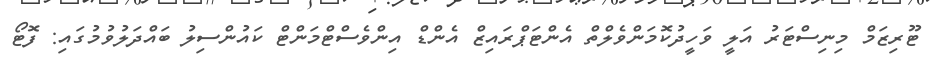
ޓޫރިޒަމް މިނިސްޓަރު އަލީ ވަހީދުކޮމަންވެލްތް އެންޓަޕްރައިޒް އެންޑް އިންވެސްޓްމަންޓް ކައުންސިލު ބައްދަލުވުމުގައި: ފޮޓޯ